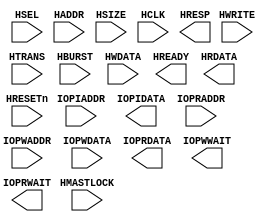
/*******************************
//SRAM
//
//8xB32K            /   IOP408          SPM&DMA BUFFER 
//4xB9K  1R1W     /   IOP408          IOP408            64x512 / 16 x 2048
//1xB9K  1R1W     /   IOP408          IOP408 DETECT/POST    16x512 / 8x1024
//?????  FIFO            /   IOP408          Fetch Queue
//4xB9K             /   LVDS            BUFFER      64x512 / 64x512
//4xB32K          IOP408 /   USB SIE         USBBUFFER        8x1024/8x1024
*******************************/
module AHB_MFSPM
(
    // --------------------------
    // Input pins: AHB signals //
    // --------------------------
    // Select
    input HSEL,
    // Address and control
    input [35:0] HADDR,
    input HWRITE,
    input [1:0] HTRANS,
    input [2:0] HSIZE,
    input [2:0] HBURST,
    // Data in
    input [63:0] HWDATA,
    // Reset and clock
    input HRESETn,
    input HCLK,
    input HMASTLOCK,
    // --------------
    // Output pins //
    // --------------
    // Transfer responses
    output HREADY,
    output [1:0] HRESP,
    // Data out
    output [63:0] HRDATA,

    //IOP408 
    //I-ROM
    input [10:0]IOPIADDR,
    output [15:0]IOPIDATA,
    //D-RAM
    input [20:0]IOPRADDR,
    input [20:0]IOPWADDR,
    input [7:0]IOPWDATA,
    output[7:0]IOPRDATA,
    output IOPWWAIT,
    output IOPRWAIT

);




endmodule